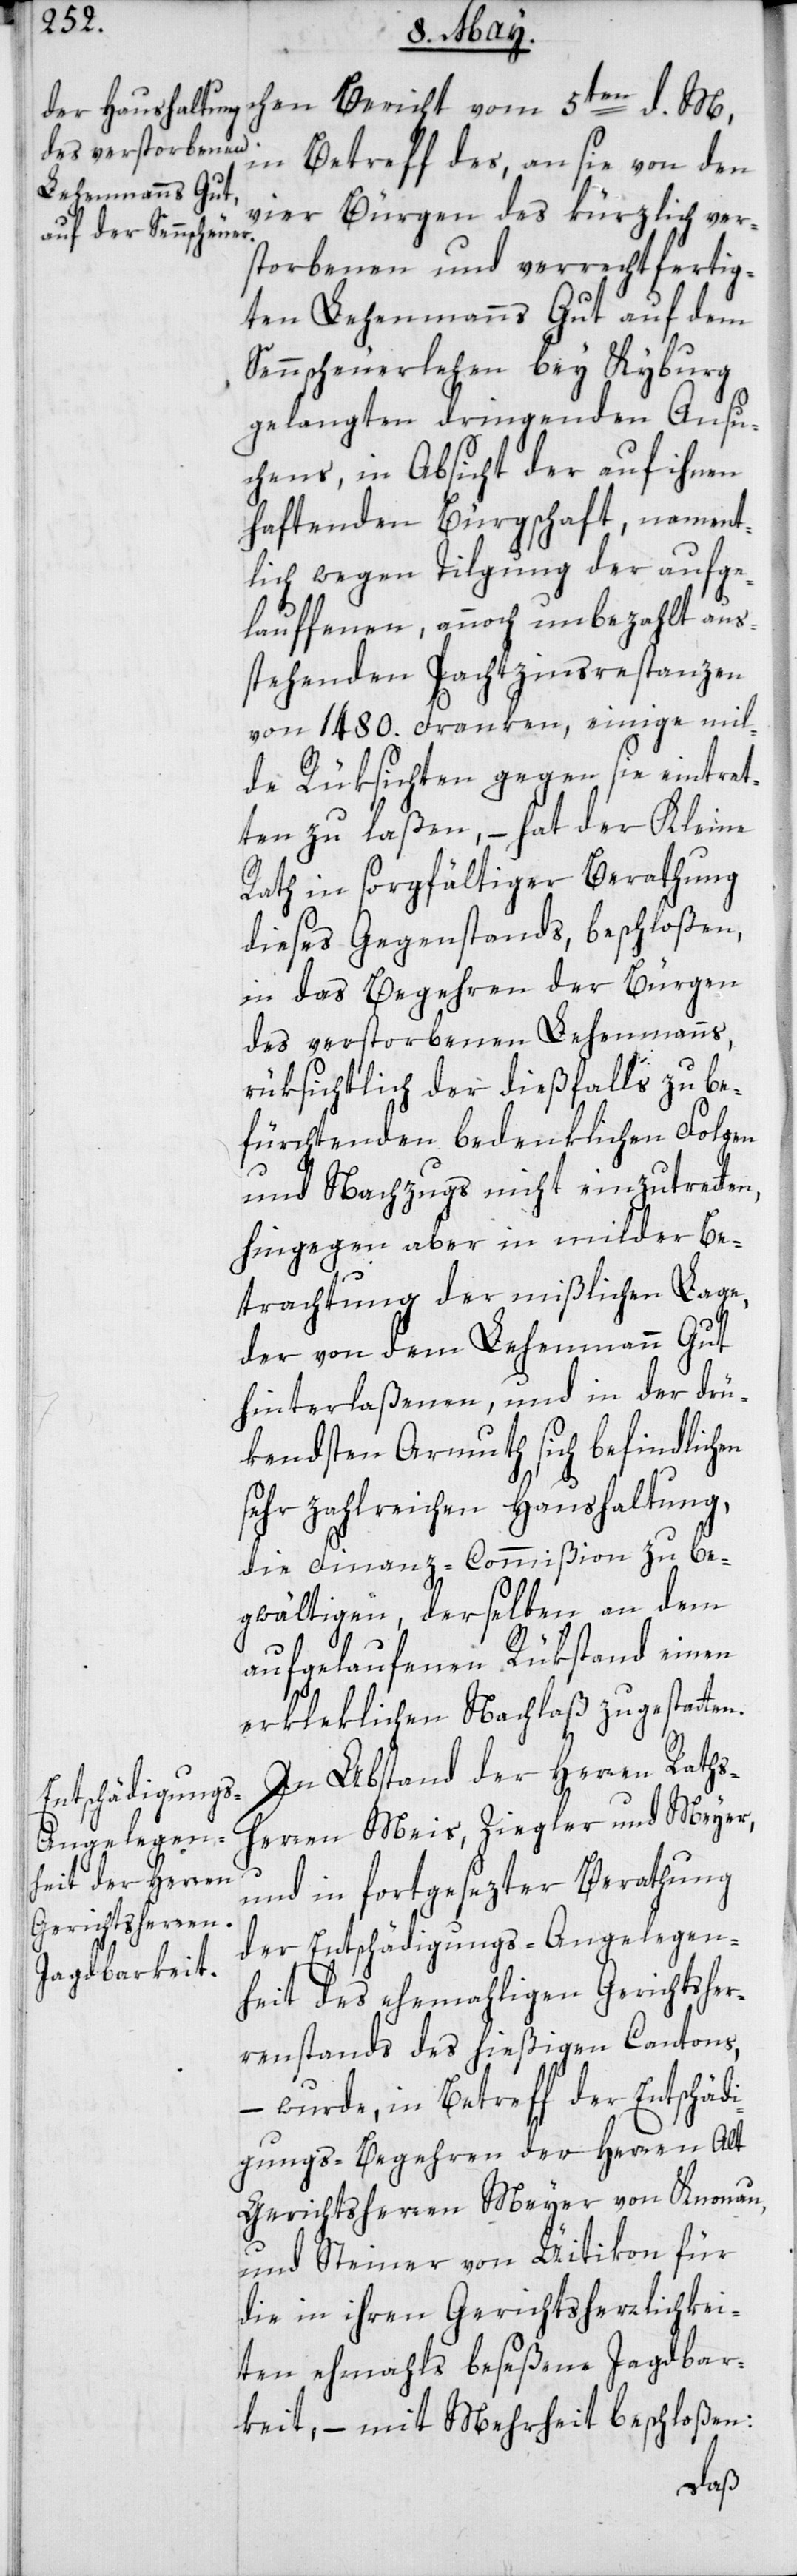
chen Bericht vom 5ten d. M.
in Betreff des, an sie von den
vier Bürgen des kürzlich ver¬
storbenen und verrechtfertig¬
ten Lehenmanns Gut auf dem
Sennscheuerlehen bey Kyburg,
gelangten dringenden Ansu¬
chens, in Absicht der auf ihnen
haftenden Bürgschaft, nament¬
lich wegen Tilgung der aufge¬
lauffenen, annoch unbezahlt aus¬
stehenden Pachtzinsrestanzen
von 1480. Franken, einige mil¬
de Rüksichten gegen sie eintret¬
ten zu laßen, – hat der Kleine
Rath in sorgfältiger Berathung
dieses Gegenstands, beschloßen,
in das Begehren der Bürgen
des verstorbenen Lehenmanns,
rüksichtlich der dießfalls zu be¬
fürchtenden bedenklichen Folgen
und Nachzugs nicht einzutretten,
hingegen aber in milder Be¬
trachtung der mißlichen Lage,
der von dem Lehenmann Gut
hinterlaßenen, und in der drü¬
kendsten Armuth sich befindlichen
sehr zahlreichen Haushaltung,
die Finanz-Commißion zu be¬
gwältigen, derselben an dem
aufgelaufenen Rükstand einen
erkleklichen Nachlaß zu gestatten.
In Abstand der Herren Raths¬
herren Meis, Ziegler und Meyer,
und in fortgesezter Berathung
der Entschädigungs-Angelegen¬
heit des ehemaligen Gerichtsher¬
ren-Stands des hießigen Cantons,
– wurde, in Betreff der Entschädi¬
gungs-Begehren der Herren Alt
Gerichtsherren Meyer von Knonau,
und Steiner von Üitikon für
die in ihren Gerichtsherrlichkei¬
ten ehemals beseßene Jagdbar¬
keit, – mit Mehrheit beschloßen: